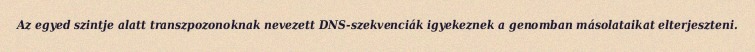
Az egyed szintje alatt transzpozonoknak nevezett DNS-szekvenciák igyekeznek a genomban másolataikat elterjeszteni.